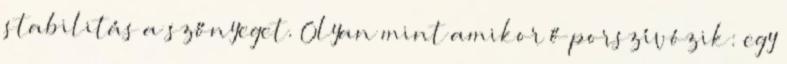
stabilitás a szőnyeget. Olyan mint amikor ő porszívózik: egy